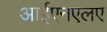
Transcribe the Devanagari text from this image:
आईएनएलए